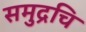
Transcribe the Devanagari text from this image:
समुद्रचि